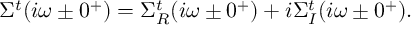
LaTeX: \Sigma ^ { t } ( i \omega \pm 0 ^ { + } ) = \Sigma _ { R } ^ { t } ( i \omega \pm 0 ^ { + } ) + i \Sigma _ { I } ^ { t } ( i \omega \pm 0 ^ { + } ) .